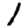
Digit: 1